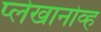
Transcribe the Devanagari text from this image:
प्लेखानोव्ह